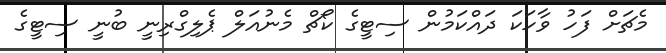
މެޗަށް ފަހު ވާހަކަ ދައްކަމުން ސިޓީގެ ކޯޗް މެނުއަލް ޕެލިގްރިނީ ބުނީ ސިޓީގެ